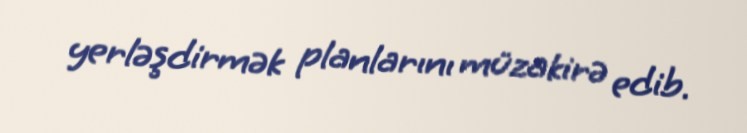
yerləşdirmək planlarını müzakirə edib.